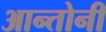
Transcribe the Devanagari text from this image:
आन्तोनी